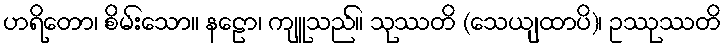
ဟရိတော၊ စိမ်းသော။ နဠော၊ ကျူသည်။ သုဿတိ (သေယျထာပိ)၊ ဥဿုဿတိ